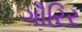
ગૌરિર